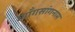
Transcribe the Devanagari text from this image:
ग्याँगसांगनाम